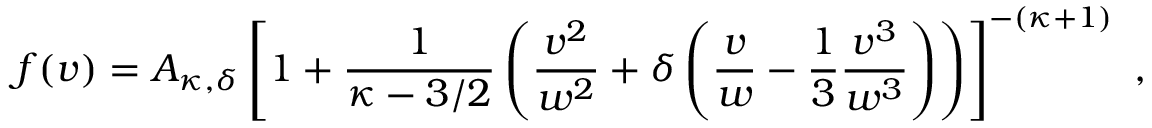
f ( v ) = A _ { \kappa , \delta } \left[ 1 + \frac { 1 } { \kappa - 3 / 2 } \left( \frac { v ^ { 2 } } { w ^ { 2 } } + \delta \left( \frac { v } { w } - \frac { 1 } { 3 } \frac { v ^ { 3 } } { w ^ { 3 } } \right) \right) \right] ^ { - ( \kappa + 1 ) } \ ,